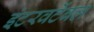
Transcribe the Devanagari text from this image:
इंटरवर्टेबल